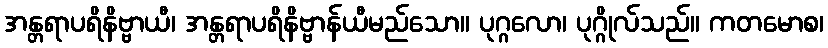
အန္တရာပရိနိဗ္ဗာယီ၊ အန္တရာပရိနိဗ္ဗာန်ယီမည်သော။ ပုဂ္ဂလော၊ ပုဂ္ဂိုလ်သည်။ ကတမောစ၊